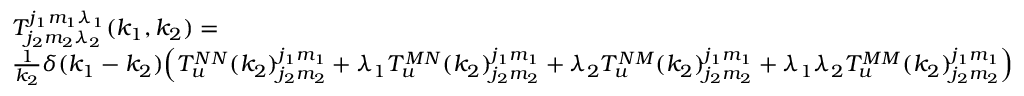
\begin{array} { r l } & { T _ { j _ { 2 } m _ { 2 } \lambda _ { 2 } } ^ { j _ { 1 } m _ { 1 } \lambda _ { 1 } } ( k _ { 1 } , k _ { 2 } ) = } \\ & { \frac { 1 } { k _ { 2 } } \delta ( k _ { 1 } - k _ { 2 } ) \Big ( T _ { u } ^ { N N } ( k _ { 2 } ) _ { j _ { 2 } m _ { 2 } } ^ { j _ { 1 } m _ { 1 } } + \lambda _ { 1 } T _ { u } ^ { M N } ( k _ { 2 } ) _ { j _ { 2 } m _ { 2 } } ^ { j _ { 1 } m _ { 1 } } + \lambda _ { 2 } T _ { u } ^ { N M } ( k _ { 2 } ) _ { j _ { 2 } m _ { 2 } } ^ { j _ { 1 } m _ { 1 } } + \lambda _ { 1 } \lambda _ { 2 } T _ { u } ^ { M M } ( k _ { 2 } ) _ { j _ { 2 } m _ { 2 } } ^ { j _ { 1 } m _ { 1 } } \Big ) } \end{array}